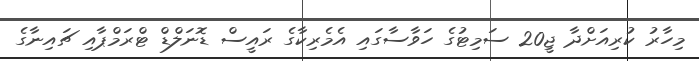
މިހާރު ކުރިއަށްދާ ޖީ20 ސަމިޓުގެ ހަވާސާގައި އެމެރިކާގެ ރައީސް ޑޮނަލްޑް ޓްރަމްޕާއި ޗައިނާގެ